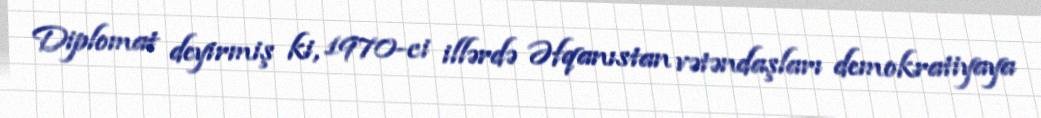
Diplomat deyirmiş ki, 1970-ci illərdə Əfqanıstan vətəndaşları demokratiyaya